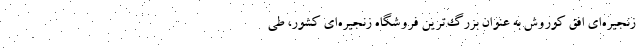
زنجیره­ای افق کوروش به عنوان بزرگ­ترین فروشگاه زنجیره­ای کشور، طی